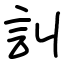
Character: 訆